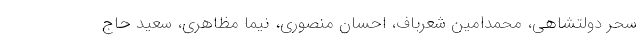
سحر دولتشاهی، محمدامین شعرباف، احسان منصوری، نیما مظاهری، سعید حاج